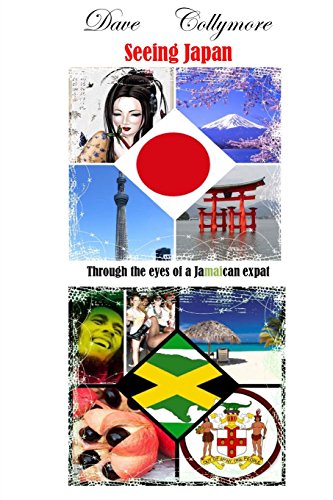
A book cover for Seeing Japan - Through the eyes of a Jamaican expat; Dave O Collymore; Travel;